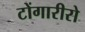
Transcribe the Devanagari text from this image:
टोंगारीरो